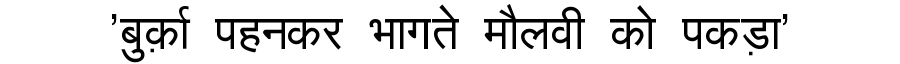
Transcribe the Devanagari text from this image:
'बुर्क़ा पहनकर भागते मौलवी को पकड़ा'